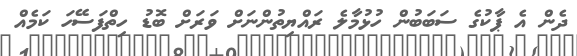
ދެން އެ ޕާކުގެ ސަބަބުން ހުޅުމާލެ ރައްޔިތުންނަށް ވަރަށް ބޮޑު ހިތްފަސޭހަ ކަމެއް